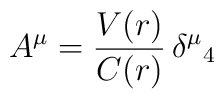
A^{\mu}=\frac{V(r)}{C(r)}\,{\delta^{\mu}}_{4}